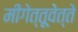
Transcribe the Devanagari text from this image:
मीगेत्तूवेत्ते